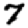
Digit: 7